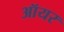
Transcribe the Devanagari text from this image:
ऑयर